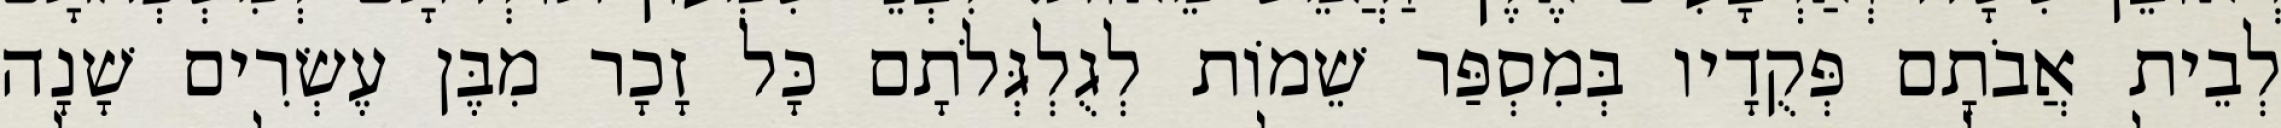
לְבֵית אֲבֹתָם פְּקֻדָיו בְּמִסְפַּר שֵׁמוֹת לְגֻלְגְּלֹתָם כָּל זָכָר מִבֶּן עֶשְׂרִים שָׁנָה